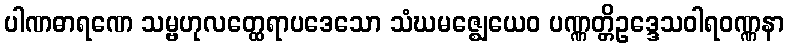
ပါဏဓာရဏေ သမ္ဗဟုလတ္ထေရာပဒေသော သံဃမဇ္ဈေယေဝ ပဏ္ဏတ္တိဥဒ္ဒေသဝါရဝဏ္ဏနာ